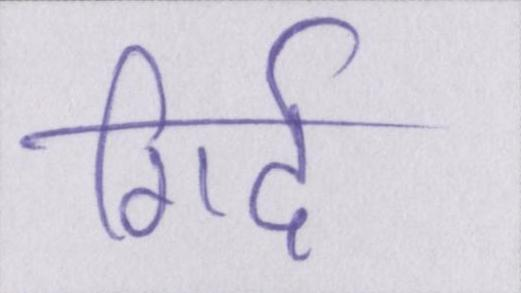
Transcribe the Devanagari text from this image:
गिर्द